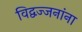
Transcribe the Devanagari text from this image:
विद्वज्जनांना